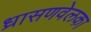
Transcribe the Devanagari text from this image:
ध्रासणवेलका